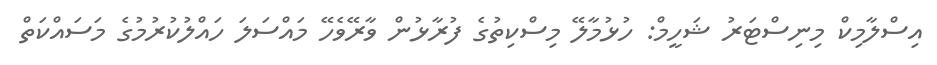
އިސްލާމިކް މިނިސްޓަރު ޝަހީމް: ހުޅުމާލޭ މިސްކިތުގެ ފުރާޅުން ވާރޭވެހޭ މައްސަލަ ހައްލުކުރުމުގެ މަސައްކަތް